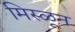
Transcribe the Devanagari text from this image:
मिस्ळून